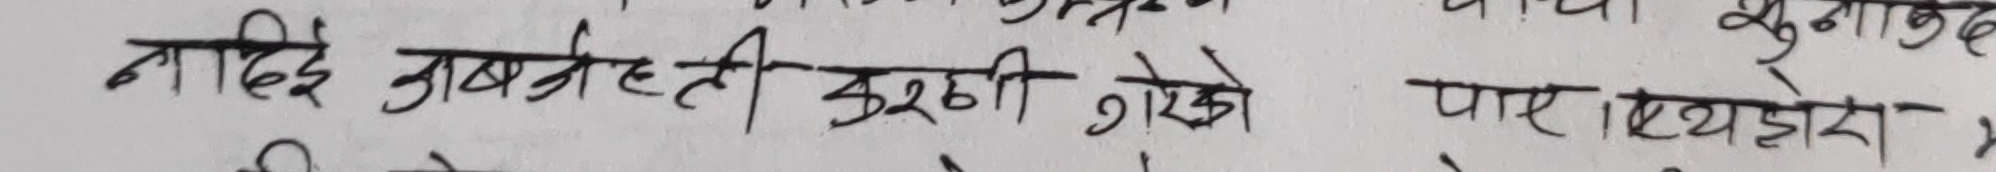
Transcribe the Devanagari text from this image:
नदिदै जबजस्ती दुखी गोखे पार ऐख्यहोरा